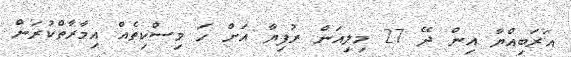
އަރަބިއްޔާ އިން ދޭ 27 މިލިއަން ރުފިޔާ އަށް ހަ މިސްކިތެއް އިމާރާތްކުރަން